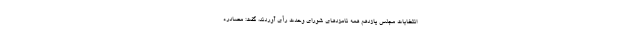
انتخابات مجلس یازدهم همه نامزدهای شورای وحدت رأی آوردند، گفت: مصادره